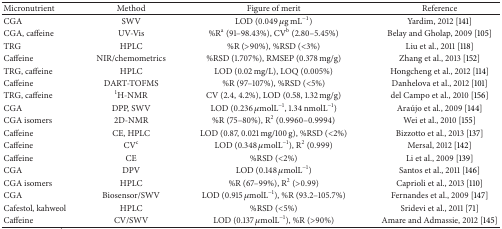
<table><thead><tr><td><b>Micronutrient</b></td><td><b>Method</b></td><td><b>Figure of merit</b></td><td><b>Reference</b></td></tr></thead><tbody><tr><td>CGA</td><td>SWV</td><td>LOD (0.049 <i>μ</i>g mL<sup>−1</sup>)</td><td>Yardim, 2012 [141]</td></tr><tr><td>CGA, caffeine</td><td>UV-Vis</td><td>%R<sup>a</sup> (91–98.43%), CV<sup>b</sup> (2.80–5.45%)</td><td>Belay and Gholap, 2009 [105]</td></tr><tr><td>TRG</td><td>HPLC</td><td>%R (&gt;90%), %RSD (&lt;3%)</td><td>Liu et al., 2011 [118]</td></tr><tr><td>Caffeine</td><td>NIR/chemometrics</td><td>%RSD (1.707%), RMSEP (0.378 mg/g)</td><td>Zhang et al., 2013 [152]</td></tr><tr><td>TRG, caffeine</td><td>HPLC</td><td>LOD (0.02 mg/L), LOQ (0.005%)</td><td>Hongcheng et al., 2012 [114]</td></tr><tr><td>Caffeine</td><td>DART-TOFMS</td><td>%R (97–107%), %RSD (&lt;5%)</td><td>Danhelova et al., 2012 [101]</td></tr><tr><td>TRG, caffeine</td><td><sup>1</sup>H-NMR</td><td>CV (2.4, 4.2%), LOD (0.58, 1.32 mg/g)</td><td>del Campo et al., 2010 [156]</td></tr><tr><td>CGA</td><td>DPP, SWV</td><td>LOD (0.236 <i>μ</i>molL<sup>−1</sup>, 1.34 nmolL<sup>−1</sup>)</td><td>Araújo et al., 2009 [144]</td></tr><tr><td>CGA isomers</td><td>2D-NMR</td><td>%R (75–80%), R<sup>2</sup> (0.9960–0.9994)</td><td>Wei et al., 2010 [155]</td></tr><tr><td>Caffeine</td><td>CE, HPLC</td><td>LOD (0.87, 0.021 mg/100 g), %RSD (&lt;2%)</td><td>Bizzotto et al., 2013 [137]</td></tr><tr><td>Caffeine</td><td>CV<sup>c</sup></td><td>LOD (0.348 <i>μ</i>molL<sup>−1</sup>), R<sup>2</sup> (0.999)</td><td>Mersal, 2012 [142]</td></tr><tr><td>Caffeine</td><td>CE</td><td>%RSD (&lt;2%)</td><td>Li et al., 2009 [139]</td></tr><tr><td>CGA</td><td>DPV</td><td>LOD (0.148 <i>μ</i>molL<sup>−1</sup>)</td><td>Santos et al., 2011 [146]</td></tr><tr><td>CGA isomers</td><td>HPLC</td><td>%R (67–99%), R<sup>2</sup> (&gt;0.99)</td><td>Caprioli et al., 2013 [110]</td></tr><tr><td>CGA</td><td>Biosensor/SWV</td><td>LOD (0.915 <i>μ</i>molL<sup>−1</sup>), %R (93.2–105.7%)</td><td>Fernandes et al., 2009 [147]</td></tr><tr><td>Cafestol, kahweol</td><td>HPLC</td><td>%RSD (&lt;5%)</td><td>Sridevi et al., 2011 [71]</td></tr><tr><td>Caffeine</td><td>CV/SWV</td><td>LOD (0.137 <i>μ</i>molL<sup>−1</sup>), %R (&gt;90%)</td><td>Amare and Admassie, 2012 [145]</td></tr></tbody></table>